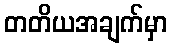
တတိယအချက်မှာ